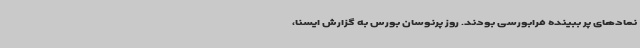
نمادهای پر ببینده فرابورسی بودند. روز پرنوسان بورس به گزارش ایسنا،